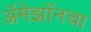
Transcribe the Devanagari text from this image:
अॅमेझॉनचा